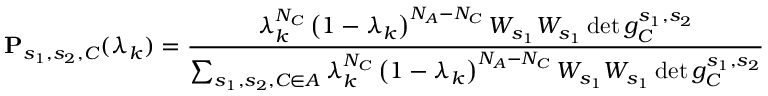
\mathbf { P } _ { s _ { 1 } , s _ { 2 } , C } ( \lambda _ { k } ) = \frac { \lambda _ { k } ^ { N _ { C } } \left( 1 - \lambda _ { k } \right) ^ { N _ { A } - N _ { C } } W _ { s _ { 1 } } W _ { s _ { 1 } } \det g _ { C } ^ { s _ { 1 } , s _ { 2 } } } { \sum _ { s _ { 1 } , s _ { 2 } , C \in A } \lambda _ { k } ^ { N _ { C } } \left( 1 - \lambda _ { k } \right) ^ { N _ { A } - N _ { C } } W _ { s _ { 1 } } W _ { s _ { 1 } } \det g _ { C } ^ { s _ { 1 } , s _ { 2 } } }